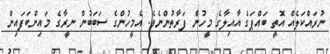
ނުރައްކަލެއް އޮތީ ބައްޕަގެ އާއިލާގެ މީހުން ފަރާތުންނެވެ. އެމީހުންގެ ސަބަބުން ނީރާގެ މައިންބަފައިން